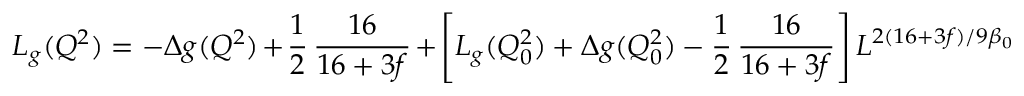
L _ { g } ( Q ^ { 2 } ) = - \Delta g ( Q ^ { 2 } ) + \frac { 1 } { 2 } \, \frac { 1 6 } { 1 6 + 3 f } + \left[ L _ { g } ( Q _ { 0 } ^ { 2 } ) + \Delta g ( Q _ { 0 } ^ { 2 } ) - \frac { 1 } { 2 } \, \frac { 1 6 } { 1 6 + 3 f } \right] L ^ { 2 ( 1 6 + 3 f ) / 9 \beta _ { 0 } }